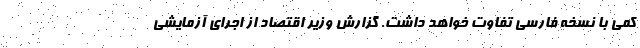
کمی با نسخه فارسی تفاوت خواهد داشت. گزارش وزیر اقتصاد از اجرای آزمایشی